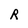
Character: R